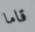
قاما